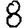
Digit: 8